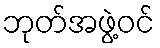
ဘုတ်အဖွဲ့ဝင်